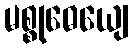
မစ္စုဓေယျေ